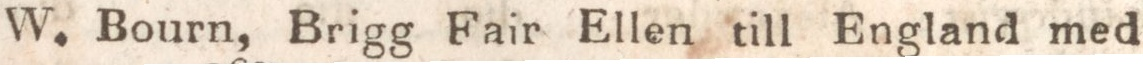
W. Bourn, Brigg Fair Ellen till England med